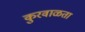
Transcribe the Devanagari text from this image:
कुरवाळता